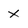
Character: x